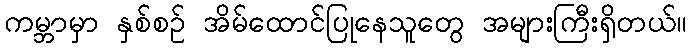
ကမ္ဘာမှာ နှစ်စဉ် အိမ်ထောင်ပြုနေသူတွေ အများကြီးရှိတယ်။